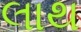
લાથ